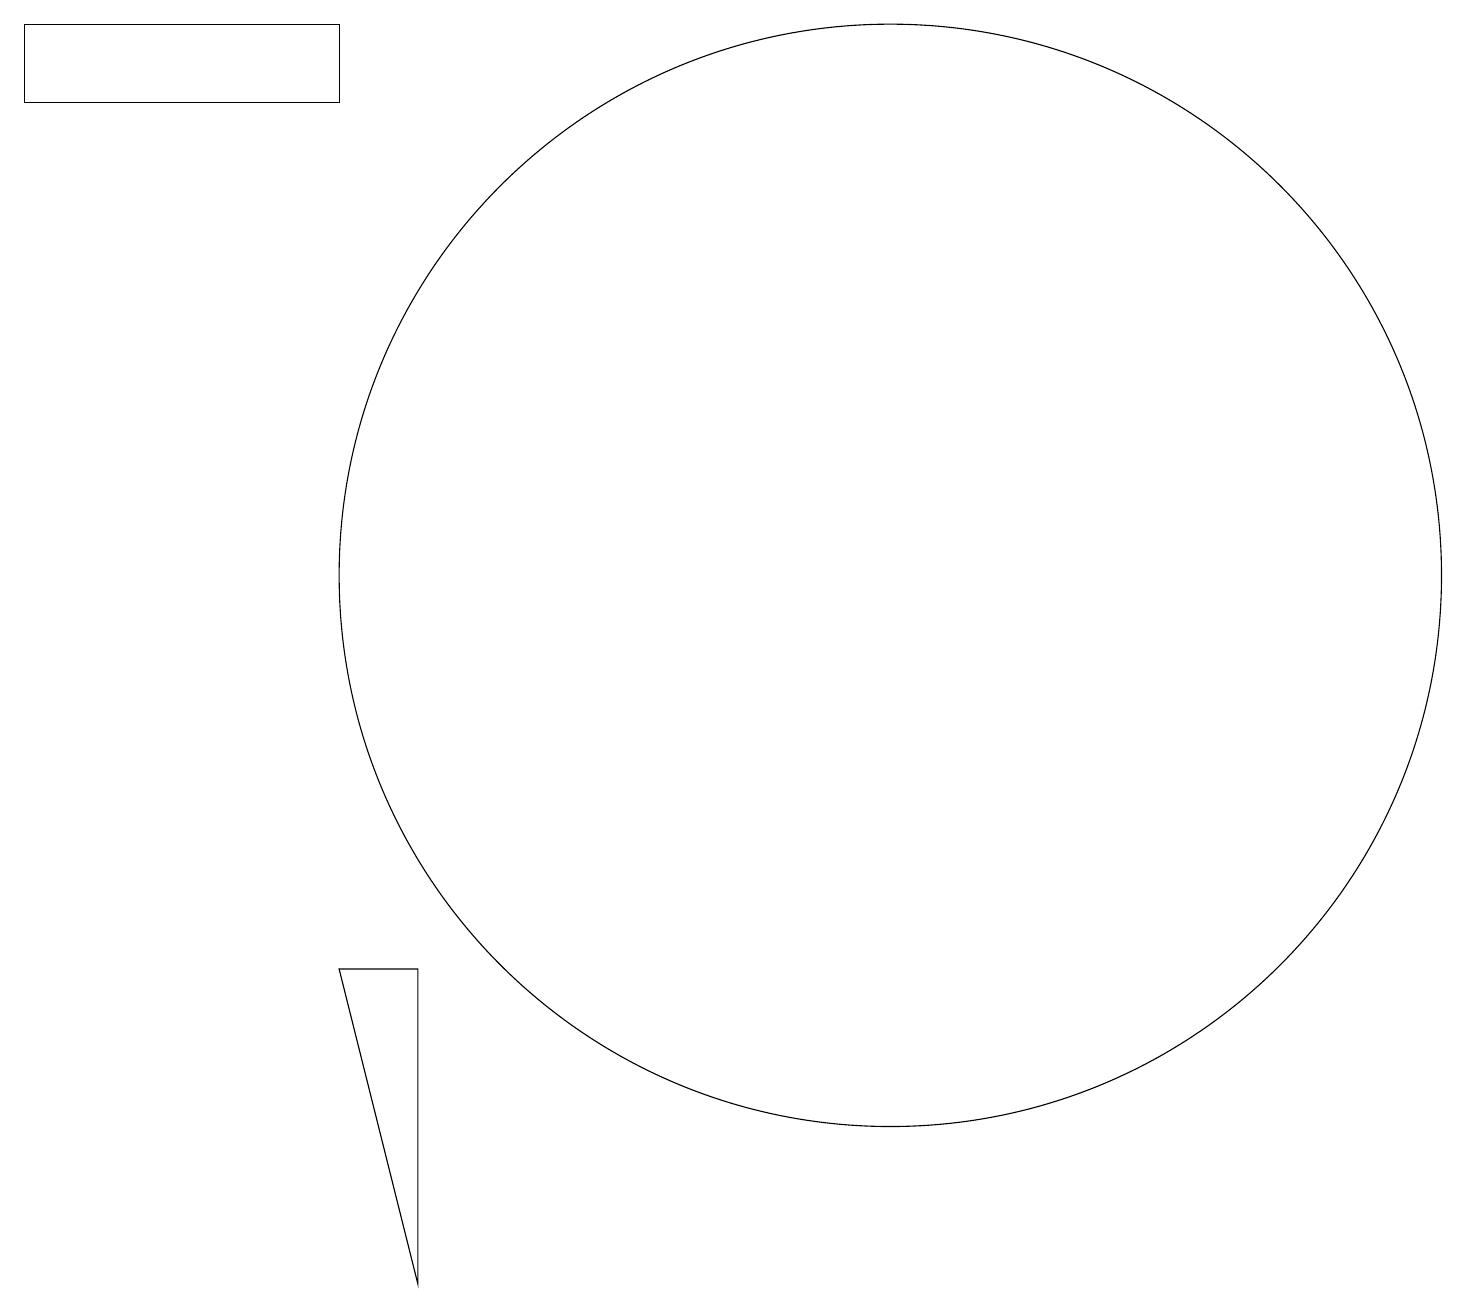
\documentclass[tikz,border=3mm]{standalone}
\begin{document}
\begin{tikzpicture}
\draw (4,18) rectangle (0,17);
\draw (4,6) -- (5,6) -- (5,2) -- cycle;
\draw (11,11) circle (7);
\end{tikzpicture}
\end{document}